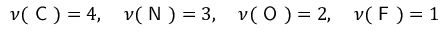
\nu ( \textsf { C } ) = 4 , \quad \nu ( \textsf { N } ) = 3 , \quad \nu ( \textsf { O } ) = 2 , \quad \nu ( \textsf { F } ) = 1